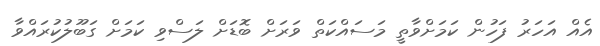
އެއް އަހަރު ފަހުން ކަމަށްވާތީ މަސައްކަތް ވަރަށް ބޮޑަށް ލަސްވި ކަމަށް ގަބޫލުކުރައްވާ